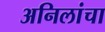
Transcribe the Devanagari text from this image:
अनिलांचा